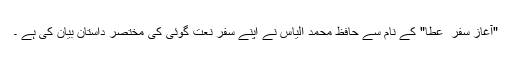
"آغاز سفر ِ عطا" کے نام سے حافظ محمد الیاس نے اپنے سفر نعت گوئی کی مختصر داستان بیان کی ہے ۔